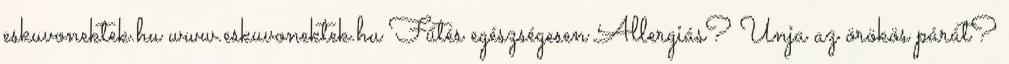
eskuvonektek.hu www.eskuvonektek.hu Fűtés egészségesen Allergiás? Unja az örökös párát?